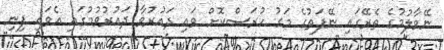
ނޭވާލުމުގެ ތެރޭގައި ނޭފަތުގެ މަގު ހުރަސްކޮށް ވައި ދައުރުވާ ދައުރުވުމުގައި އެވައި ފިނި